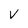
Character: v